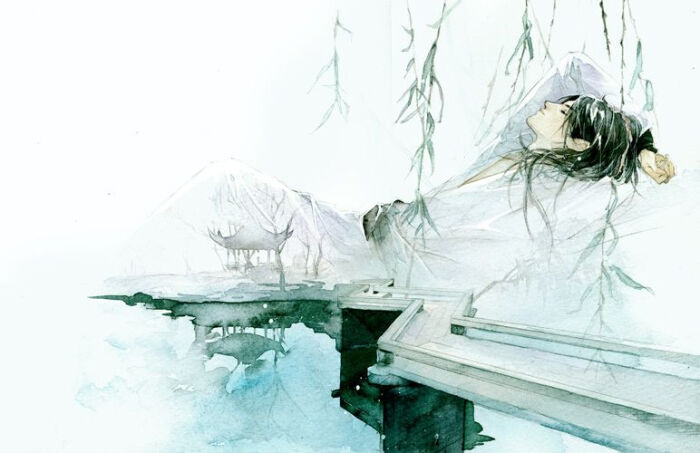
怅卧新春白袷衣，白门寥落意多违。